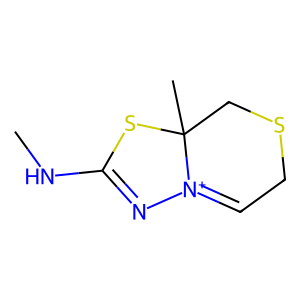
SMILES: CNC1=N[N+]2=CCSCC2(C)S1
Inhibits HIV replication: No